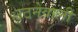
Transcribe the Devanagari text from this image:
उठनेवाली